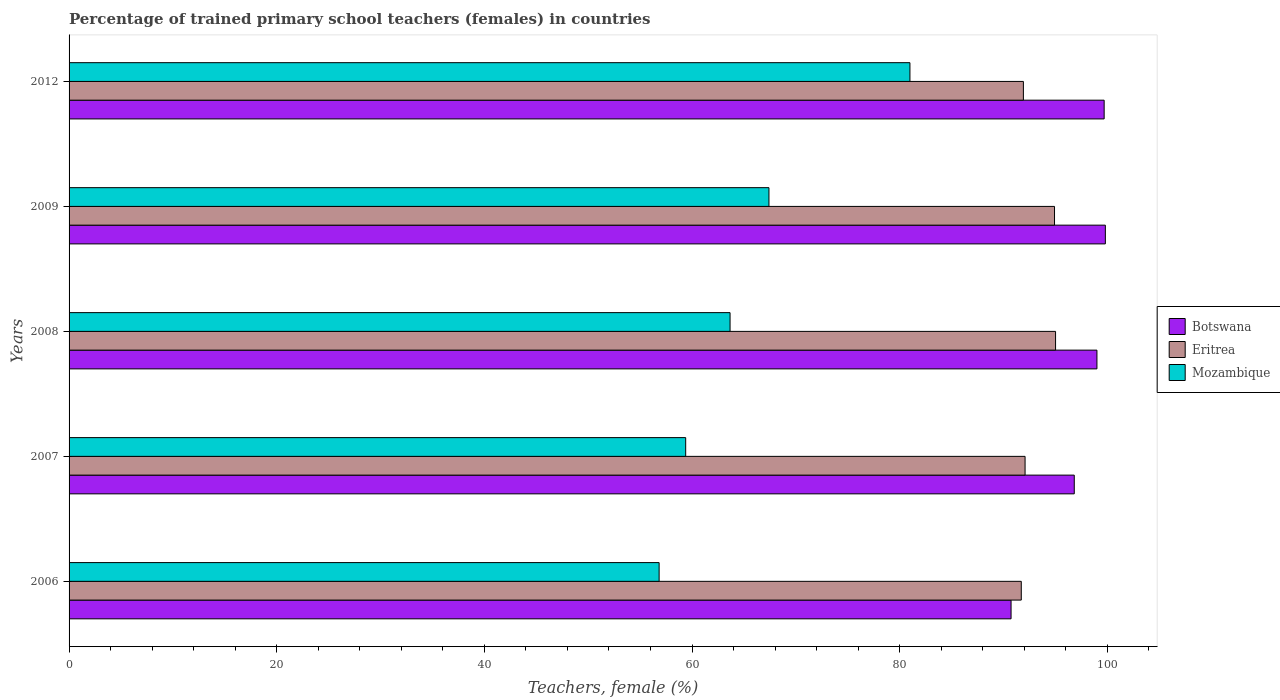
| Years | Botswana | Eritrea | Mozambique |
 | --- | --- | --- | --- |
 | 2006 | 90.7 | 91.7 | 56.8 |
 | 2007 | 96.8 | 92.1 | 59.4 |
 | 2008 | 99 | 95 | 63.7 |
 | 2009 | 99.8 | 94.9 | 67.4 |
 | 2012 | 99.7 | 91.9 | 81 |